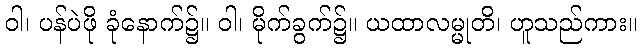
ဝါ၊ ပန်ပဲဖို ခုံနောက်၌။ ဝါ၊ မိုက်ခွက်၌။ ယထာလမ္မုတိ၊ ဟူသည်ကား။